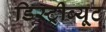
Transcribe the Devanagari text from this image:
डिस्ट्रीब्यूट